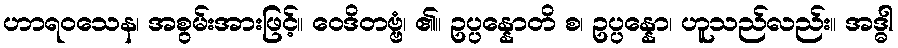
ဟာရဝသေန၊ အစွမ်းအားဖြင့်။ ဝေဒိတဗ္ဗံ၊ ၏။ ဥပ္ပန္နောတိ စ၊ ဥပ္ပန္နော၊ ဟူသည်လည်း။ အဒ္ဓါ